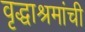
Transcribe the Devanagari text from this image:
वृद्धाश्रमांची